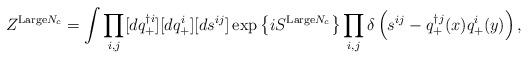
LaTeX: \begin{align*}Z^{{\rm Large}N_c} =\int \prod_{i,j}[dq^{\dag i}_+][dq^i_+][ds^{ij}] \exp\left\{iS^{{\rm Large} N_c}\right\} \prod\limits_{i,j} \delta\left( s^{ij}-q^{\dag j}_+ (x)q^i_+(y)\right),\end{align*}